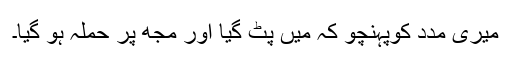
میری مدد کوپہنچو کہ مَیں پِٹ گیا اور مجھ پر حملہ ہو گیا۔